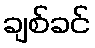
ချစ်ခင်